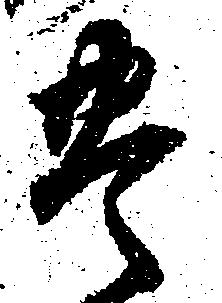
豊